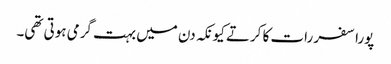
پورا سفر رات کا کرتے کیونکہ دن میں بہت گرمی ہوتی تھی۔